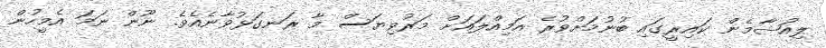
ލިއުޝާމެން ކައިރީގައި ބުނުމަށްވުރެ އަމިއްލައަށް މަރުވިޔަސް މާ ރަނގަޅުވާނެއެވެ. ނޫން ނަމަ އެމީހުން